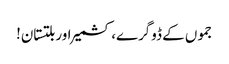
جموں کے ڈوگرے، کشمیر اور بلتستان!